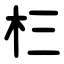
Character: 㭅